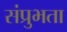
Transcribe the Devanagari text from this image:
संप्रुभता